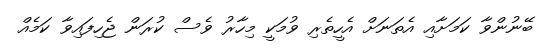
ބޭނުންވާ ކަމަށާއި އެތަނަށް އެހީތެރި ވުމަކީ މިހާރު ވެސް ކުރަން ޖެހިފައިވާ ކަމެއް